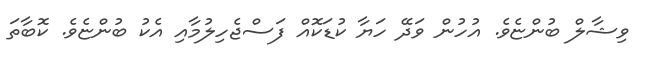
ވިޝާލް ބުންޏެވެ. އުހުން ވަދޭ ހަޔާ ކުޑަކޮއް ފަސްޖެހިލުމާއި އެކު ބުންޏެވެ. ކޮބާތަ